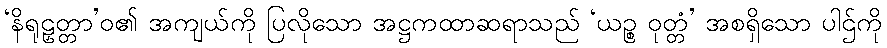
‘နိရုဠှတ္တာ’ဝ၏ အကျယ်ကို ပြလိုသော အဋ္ဌကထာဆရာသည် ‘ယဉ္စ ဝုတ္တံ’ အစရှိသော ပါဌ်ကို